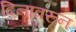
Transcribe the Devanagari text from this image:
दिनावरून